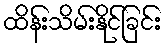
ထိန်းသိမ်းနိုင်ခြင်း